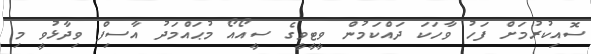
ސޮއިކުރުމަށް ފަހު ވާހަކަ ދައްކަމުން ވީޓީވީގެ ސީއޯއޯ މުޙައްމަދު އާސިފް ވިދާޅުވީ މި